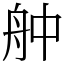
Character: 舯